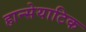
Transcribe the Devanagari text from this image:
हान्सेयाटिक